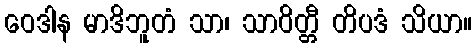
ဝေဒါန မာဒိဘူတံ သာ၊ သာဝိတ္တီ တိပဒံ သိယာ။